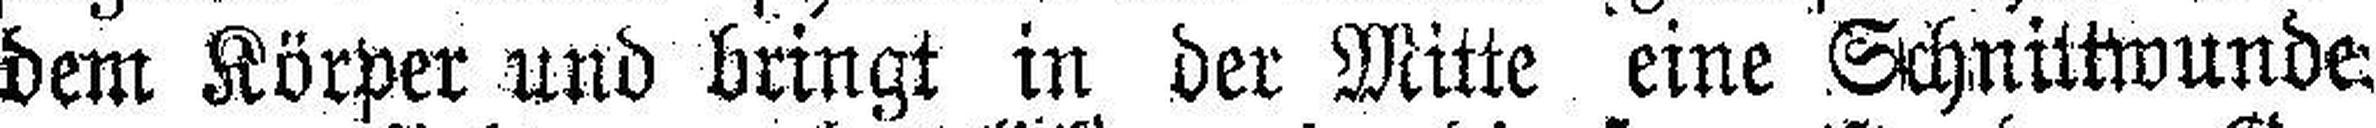
dem Körper und bringt in der Mitte eine Schnittwunde